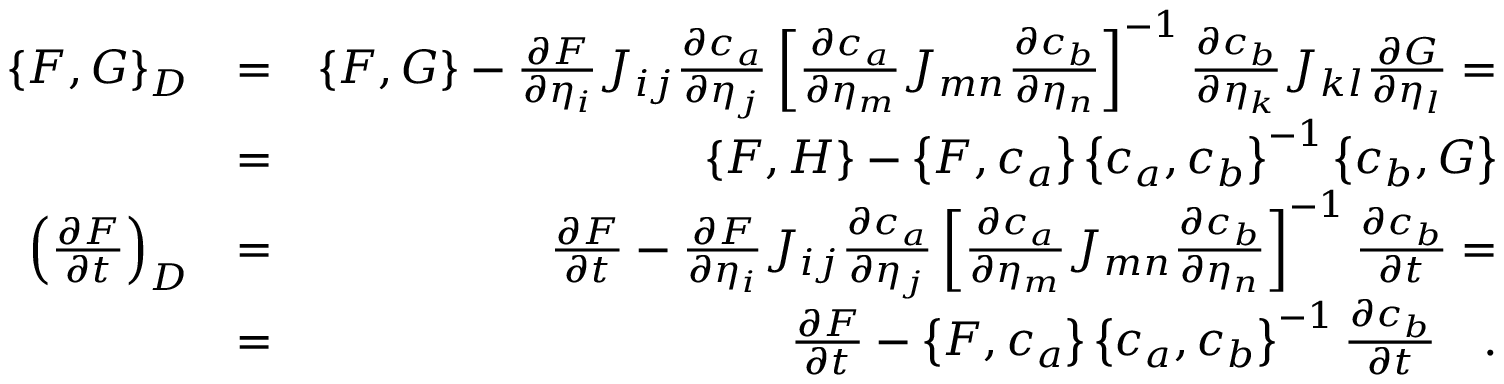
\begin{array} { r l r } { \left\{ F , G \right\} _ { D } } & { = } & { \left\{ F , G \right\} - \frac { \partial F } { \partial \eta _ { i } } J _ { i j } \frac { \partial c _ { a } } { \partial \eta _ { j } } \left[ \frac { \partial c _ { a } } { \partial \eta _ { m } } J _ { m n } \frac { \partial c _ { b } } { \partial \eta _ { n } } \right] ^ { - 1 } \frac { \partial c _ { b } } { \partial \eta _ { k } } J _ { k l } \frac { \partial G } { \partial \eta _ { l } } = } \\ & { = } & { \left\{ F , H \right\} - \left\{ F , c _ { a } \right\} \left\{ c _ { a } , c _ { b } \right\} ^ { - 1 } \left\{ c _ { b } , G \right\} } \\ { \left( \frac { \partial F } { \partial t } \right) _ { D } } & { = } & { \frac { \partial F } { \partial t } - \frac { \partial F } { \partial \eta _ { i } } J _ { i j } \frac { \partial c _ { a } } { \partial \eta _ { j } } \left[ \frac { \partial c _ { a } } { \partial \eta _ { m } } J _ { m n } \frac { \partial c _ { b } } { \partial \eta _ { n } } \right] ^ { - 1 } \frac { \partial c _ { b } } { \partial t } = } \\ & { = } & { \frac { \partial F } { \partial t } - \left\{ F , c _ { a } \right\} \left\{ c _ { a } , c _ { b } \right\} ^ { - 1 } \frac { \partial c _ { b } } { \partial t } \quad . } \end{array}